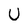
Character: U